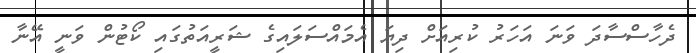
ދެހާސްސާދަ ވަނަ އަހަރު ކުރިއަށް ދިޔަ އެމައްސަލައިގެ ޝަރީއަތުގައި ކޯޓުން ވަނީ އޭނާ